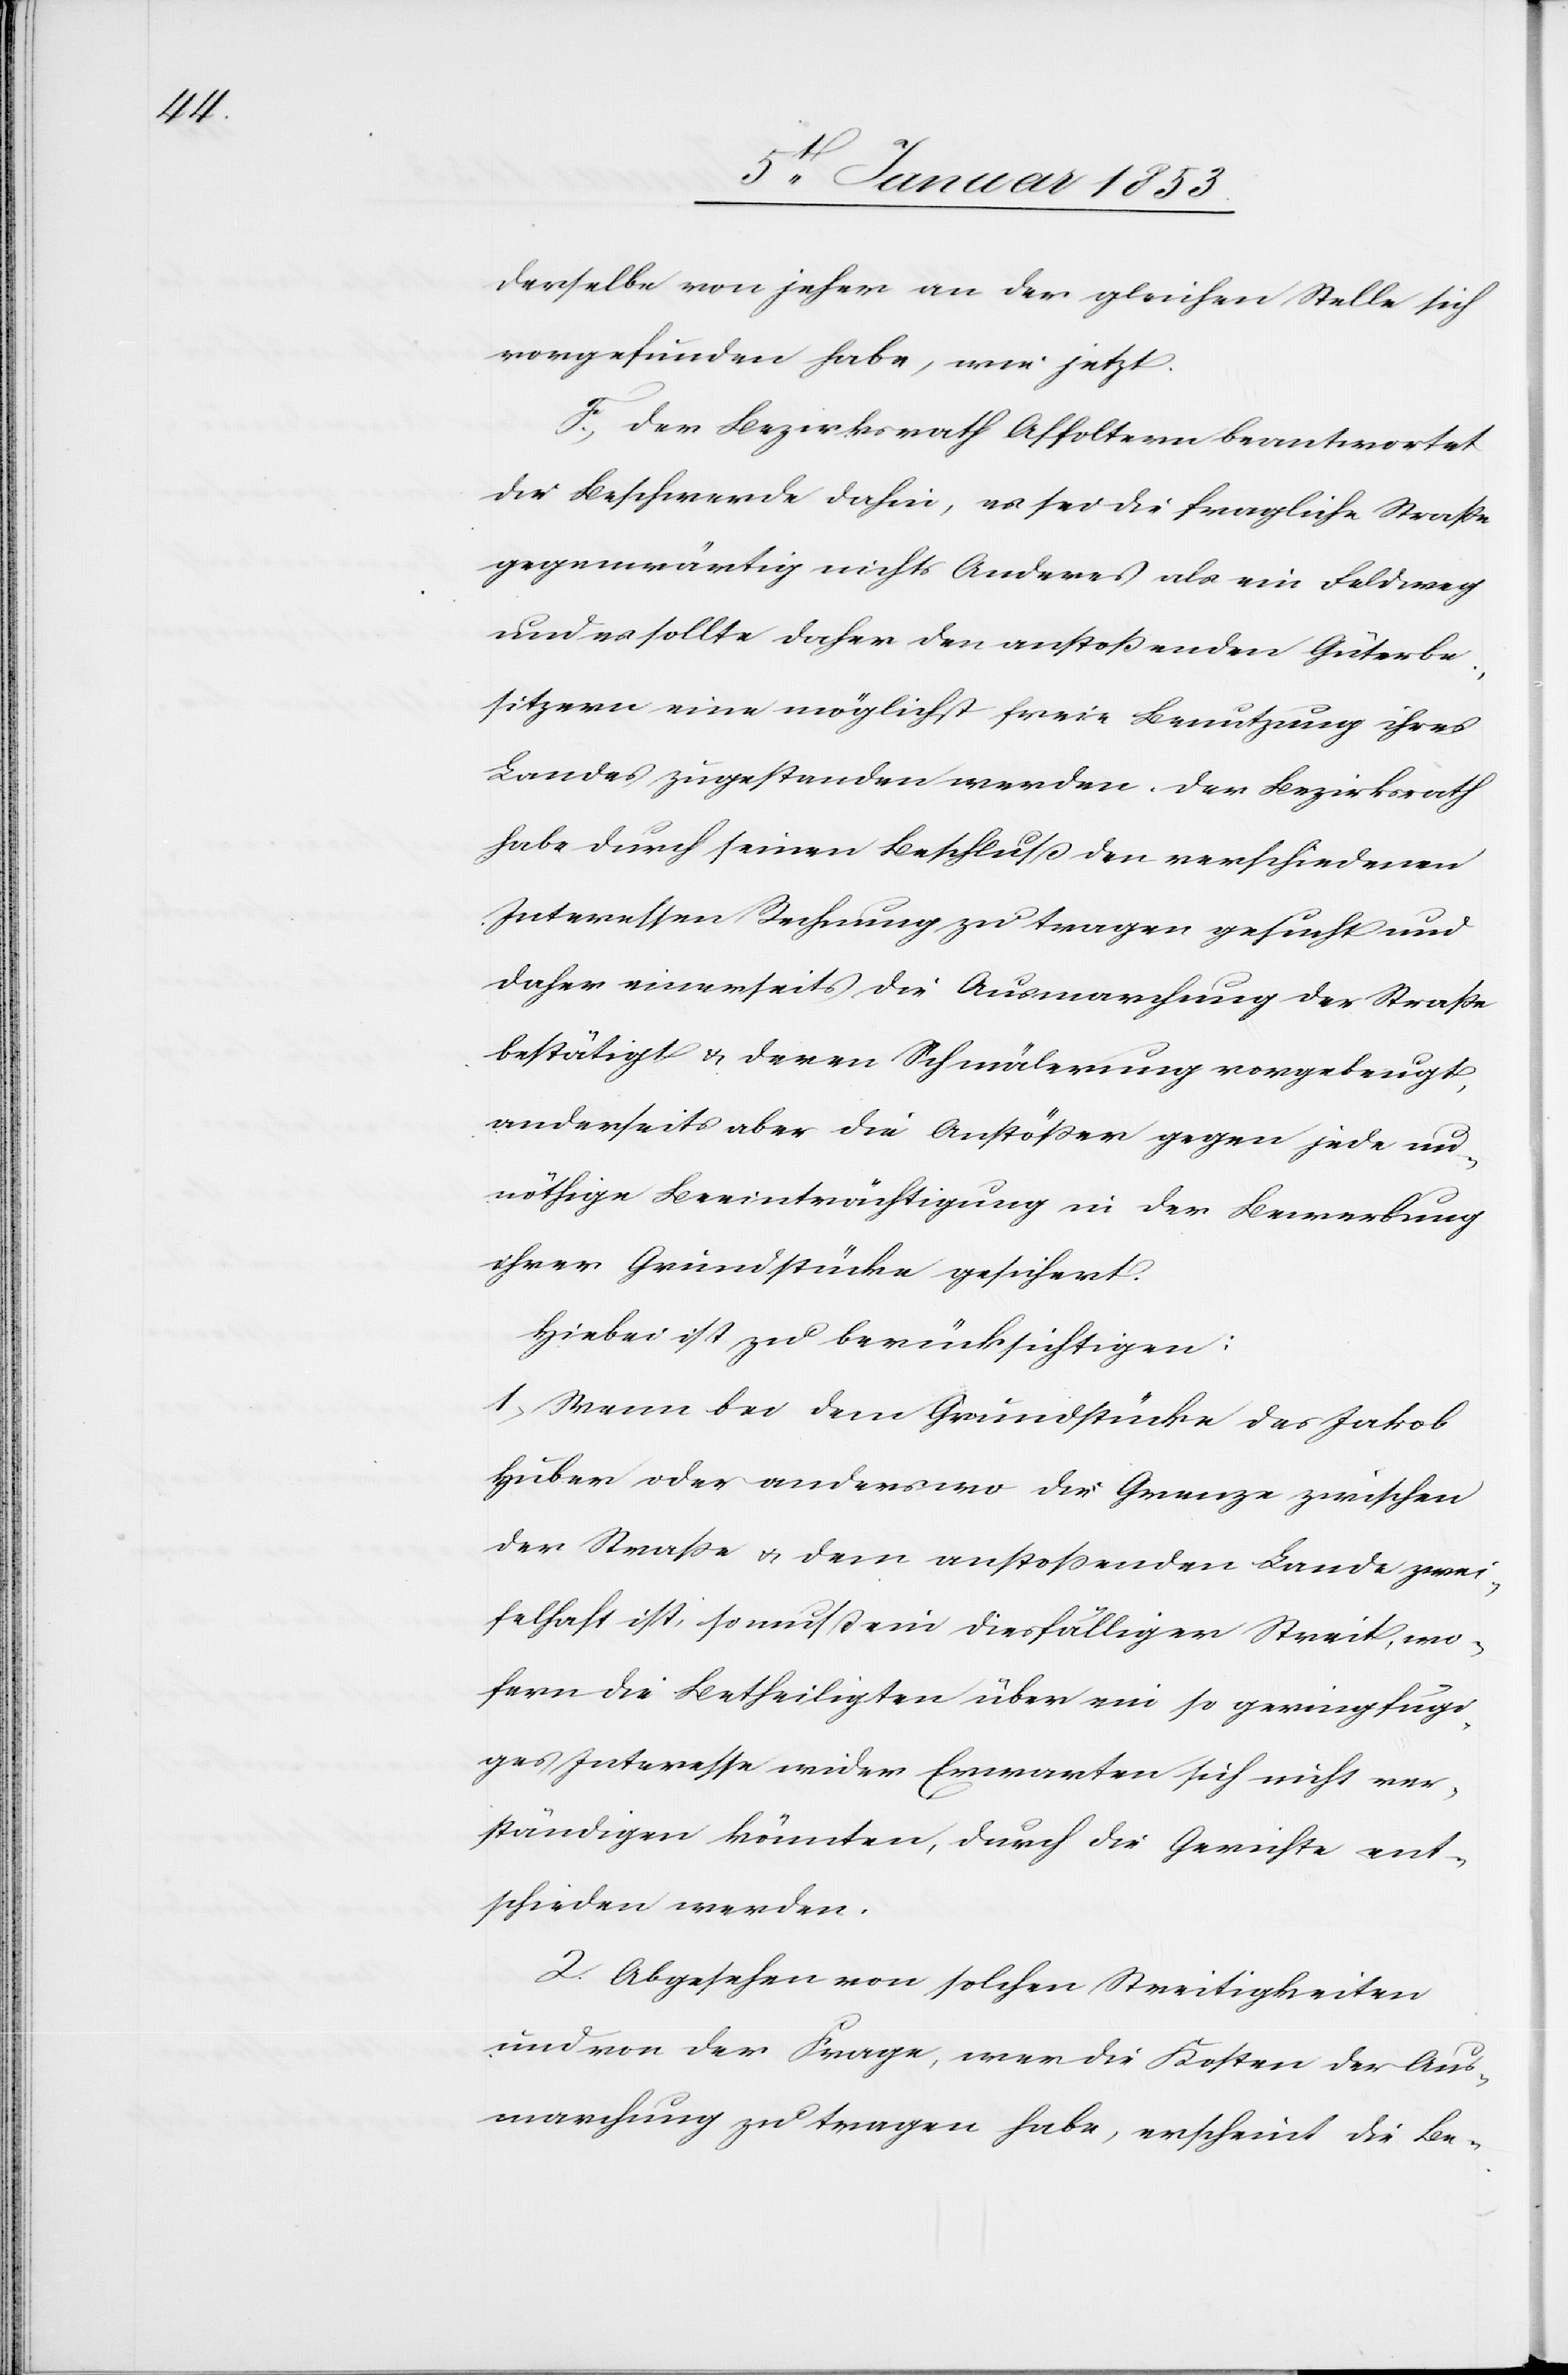
derselbe von jeher an der gleichen Stelle sich
vorgefunden habe, wie jetzt.
F. Der Bezirksrath Affoltern beantwortet
die Beschwerde dahin, es sei die fragliche Straße
gegenwärtig nichts Anderes als ein Feldweg
und es sollte daher den anstoßenden Güterbe¬
sitzern eine möglichst freie Benutzung ihres
Landes zugestanden werden. Der Bezirksrath
habe durch seinen Beschluß den verschiedenen
Interessen Rechnung zu tragen gesucht und
daher einerseits die Ausmarchung der Strasse
bestätigt u. deren Schmälerung vorgebeugt,
anderseits aber die Anstößer gegen jede un¬
nöthige Beeinträchtigung in der Bewerbung
ihrer Grundstücke gesichert.
Hiebei ist zu berücksichtigen:
1. Wenn bei dem Grundstücke des Jakob
Huber oder anderswo die Grenze zwischen
der Straße u. dem anstoßenden Land zwei¬
felhaft ist, so muss ein diesfälliger Streit, wo¬
fern die Betheiligten über ein so geringfügi¬
ges Interesse wider Erwarten sich nicht ver¬
ständigen könnten, durch die Gerichte ent¬
schieden werden.
2. Abgesehen von solchen Streitigkeiten
und von der Frage, wer die Kosten der Aus¬
marchung zu tragen habe, erscheint die Be-